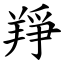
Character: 䍵